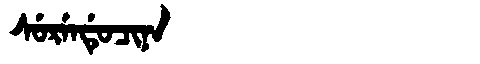
Manchu: ᠰᡠᡵᡝᠨᡩᡠᠴᡳᠨᠠ
Romanization: SURENDUCINA